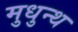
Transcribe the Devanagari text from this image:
मुधुन्थ